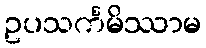
ဥပသင်္ကမိဿာမ